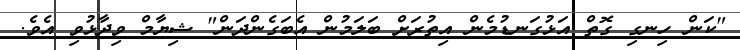
"ކަން ހިނގި ގޮތް އަޅުގަނޑުމެން އިތުރަށް ބަލަމުން އެބަގެންދަން" ޝިޔާމް ވިދާޅުވި އެވެ.